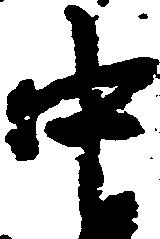
中